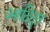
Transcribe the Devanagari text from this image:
आदिदूत